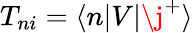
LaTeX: T_{ni}=\langle n\lvert V\lvert\j^{+}\rangle